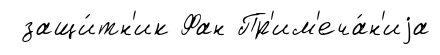
защи́тн'ик Фан Пр'им'еча́н'иjа